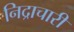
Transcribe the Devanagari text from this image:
निद्राचारी